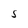
Character: S